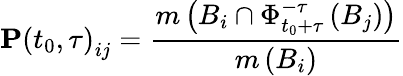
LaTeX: \mathbf{P}\left(t_{0},\tau\right)_{ij}=\frac{m\left(B_{i}\cap\Phi_{t_{0}+\tau}^{-\tau}\left(B_{j}\right)\right)}{m\left(B_{i}\right)}